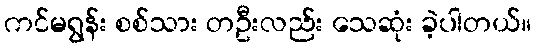
ကင်မရွန်း စစ်သား တဦးလည်း သေဆုံး ခဲ့ပါတယ်။